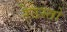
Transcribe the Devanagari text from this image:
रेउस्तो